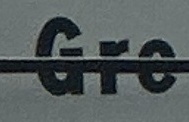
Gre